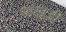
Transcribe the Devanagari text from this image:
पांखडी